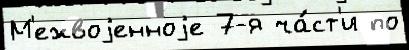
М'ежвоjенноjе 7-я ча́ст'и по